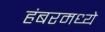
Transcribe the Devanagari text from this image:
हंबरमध्ये